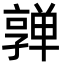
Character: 亸